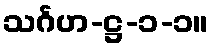
သင်္ဂဟ-ဋ္ဌ-၁-၁။